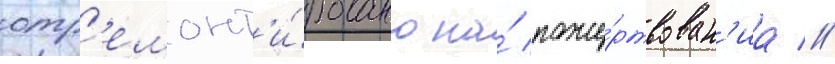
отр'емонт'и́ровано на́ поже́ртвован'иа //